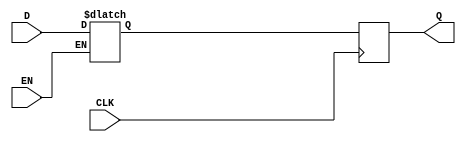
module transparent_latch_d_ff (
    input wire D,
    input wire CLK,
    input wire EN,
    output reg Q
);

reg latch_output;

always @(D, EN)
begin
    if (EN)
        latch_output = D;
end

always @(posedge CLK)
begin
    Q <= latch_output;
end

endmodule